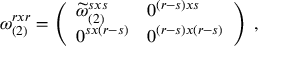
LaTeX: \omega _ { ( 2 ) } ^ { r x r } = \left( \begin{array} { l l } { { \widetilde { \omega } _ { ( 2 ) } ^ { s x s } } } & { { 0 ^ { ( r - s ) x s } } } \\ { { 0 ^ { s x ( r - s ) } } } & { { 0 ^ { ( r - s ) x ( r - s ) } } } \end{array} \right) \; ,